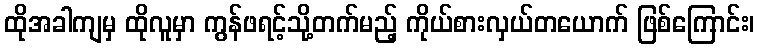
ထိုအခါကျမှ ထိုလူမှာ ကွန်ဖရင့်သို့တက်မည့် ကိုယ်စားလှယ်တယောက် ဖြစ်ကြောင်း၊